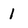
Character: 1